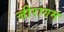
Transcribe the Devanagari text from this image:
जीरागम